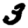
Digit: 3